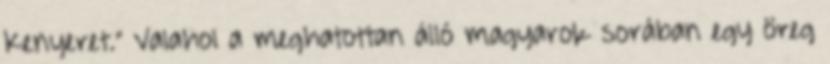
Kenyeret." Valahol a meghatottan álló magyarok sorában egy öreg